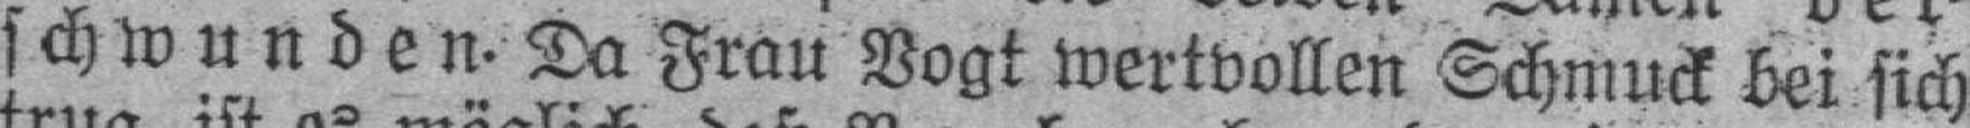
schwunden. Da Frau Vogt wertvollen Schmuck bei sich